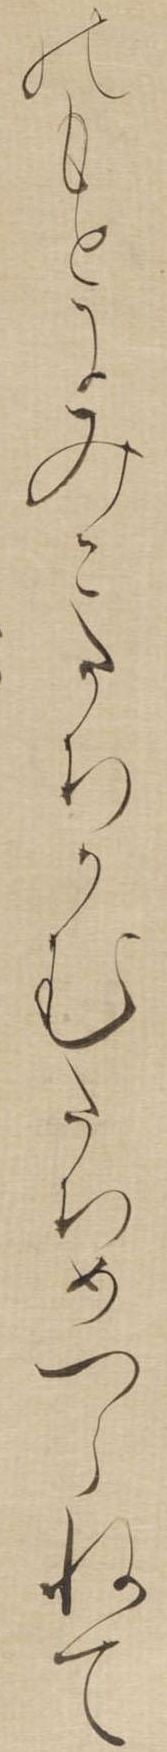
のもとにみこたちかむたちめつらねて